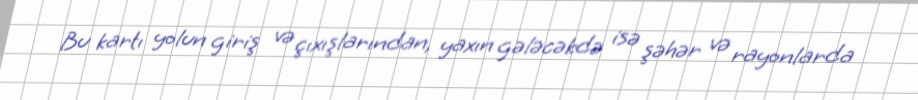
Bu kartı yolun giriş və çıxışlarından, yaxın gələcəkdə isə şəhər və rayonlarda